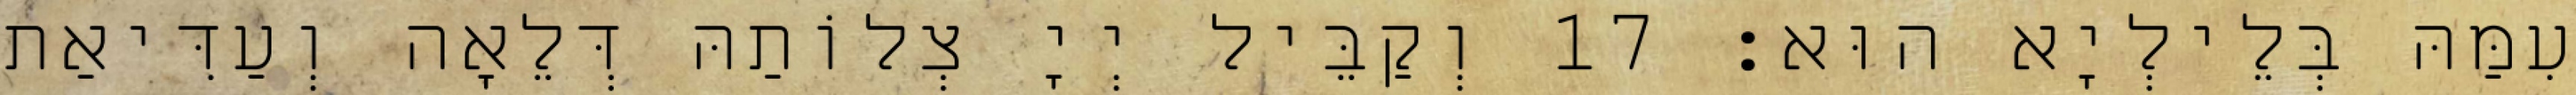
עִמַּהּ בְּלֵילְיָא הוּא׃ 17 וְקַבֵּיל יְיָ צְלוֹתַהּ דְּלֵאָה וְעַדִּיאַת